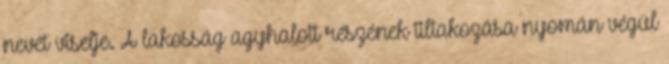
nevét viselje. A lakosság agyhalott részének tiltakozása nyomán végül